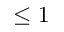
\leq 1